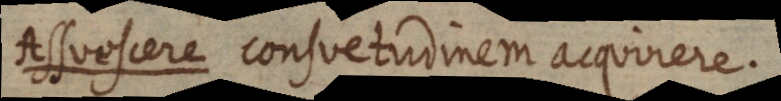
Assuescere consuetudinem acquirere.